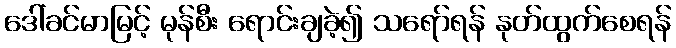
ဒေါ်ခင်မာမြင့် မုန်စီး ရောင်းချခဲ့၍ သရော်ရန် နုတ်ထွက်စေရန်